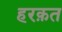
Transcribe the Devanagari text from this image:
हरक़त